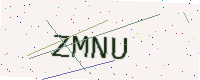
Text: ZMNU